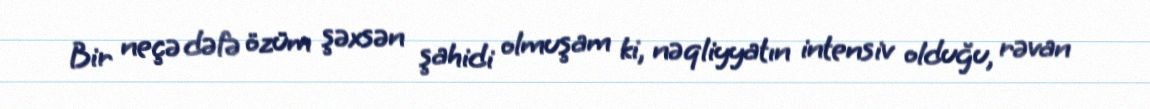
Bir neçə dəfə özüm şəxsən şahidi olmuşam ki, nəqliyyatın intensiv olduğu, rəvan